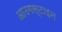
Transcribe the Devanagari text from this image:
आउगस्टाइन